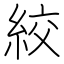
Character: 絞